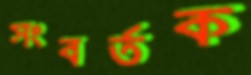
সংবর্তক